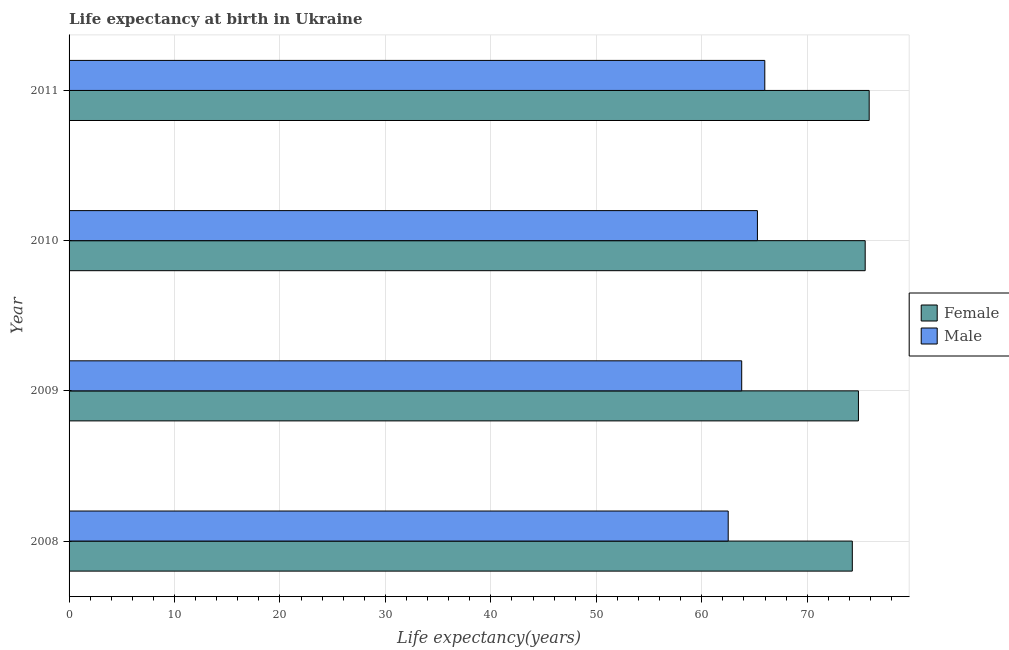
| Year | Female | Male |
 | --- | --- | --- |
 | 2008 | 74.3 | 62.5 |
 | 2009 | 74.9 | 63.8 |
 | 2010 | 75.5 | 65.3 |
 | 2011 | 75.9 | 66 |